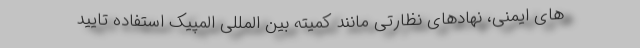
های ایمنی، نهادهای نظارتی مانند کمیته بین المللی المپیک استفاده تایید